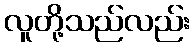
လူတို့သည်လည်း